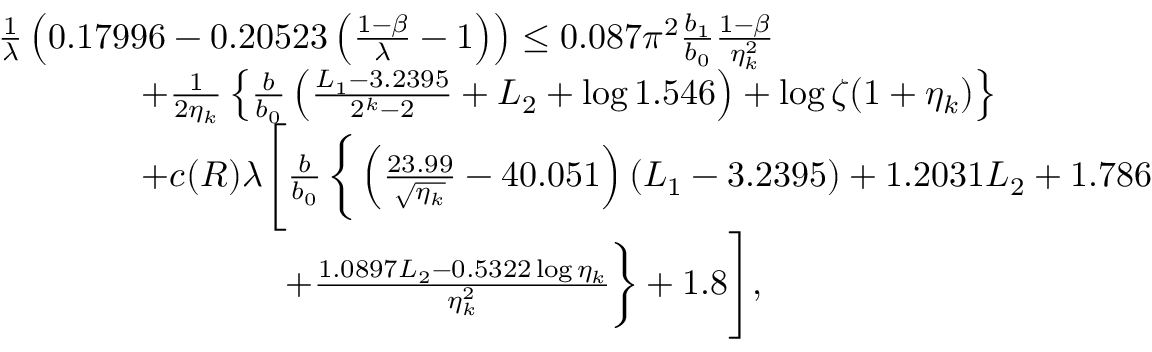
\begin{array} { r l } & { \frac { 1 } { \lambda } \left( 0 . 1 7 9 9 6 - 0 . 2 0 5 2 3 \left( \frac { 1 - \beta } { \lambda } - 1 \right) \right) \le 0 . 0 8 7 \pi ^ { 2 } \frac { b _ { 1 } } { b _ { 0 } } \frac { 1 - \beta } { \eta _ { k } ^ { 2 } } } \\ & { \qquad \qquad + \frac { 1 } { 2 \eta _ { k } } \left\{ \frac { b } { b _ { 0 } } \left( \frac { L _ { 1 } - 3 . 2 3 9 5 } { 2 ^ { k } - 2 } + L _ { 2 } + \log 1 . 5 4 6 \right) + \log \zeta ( 1 + \eta _ { k } ) \right\} } \\ & { \qquad \qquad + c ( R ) \lambda \Bigg [ \frac { b } { b _ { 0 } } \, \bigg \{ \left( \frac { 2 3 . 9 9 } { \sqrt { \eta _ { k } } } - 4 0 . 0 5 1 \right) ( L _ { 1 } - 3 . 2 3 9 5 ) + 1 . 2 0 3 1 L _ { 2 } + 1 . 7 8 6 } \\ & { \qquad \qquad \qquad \qquad + \frac { 1 . 0 8 9 7 L _ { 2 } - 0 . 5 3 2 2 \log \eta _ { k } } { \eta _ { k } ^ { 2 } } \bigg \} + 1 . 8 \Bigg ] , } \end{array}